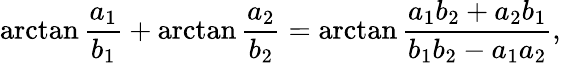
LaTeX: \arctan{\frac{a_{1}}{b_{1}}}+\arctan{\frac{a_{2}}{b_{2}}}=\arctan{\frac{a_{1}b_{2}+a_{2}b_{1}}{b_{1}b_{2}-a_{1}a_{2}}},